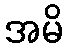
အမိ